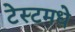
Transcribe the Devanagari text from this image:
टेस्टमधे